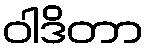
ဝါဒိတာ